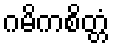
ဂမိကစိတ္တံ